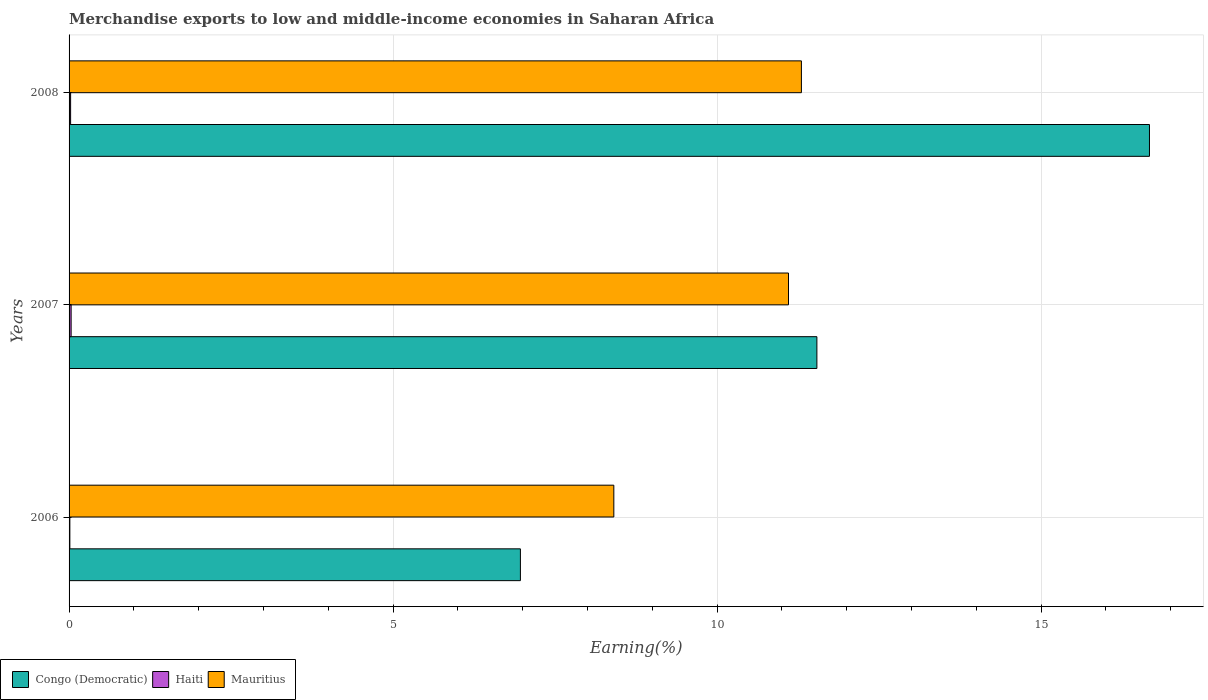
| Years | Congo (Democratic) | Haiti | Mauritius |
 | --- | --- | --- | --- |
 | 2006 | 6.96 | 0.0121 | 8.41 |
 | 2007 | 11.5 | 0.0318 | 11.1 |
 | 2008 | 16.7 | 0.0239 | 11.3 |